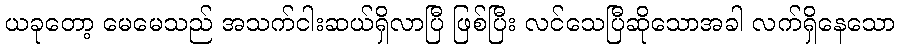
ယခုတော့ မေမေသည် အသက်ငါးဆယ်ရှိလာပြီ ဖြစ်ပြီး လင်သေပြီဆိုသောအခါ လက်ရှိနေသော